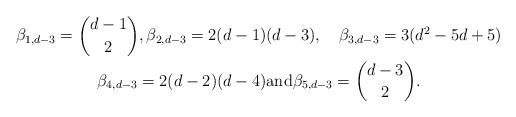
\begin{gather*} \beta_{1,d-3}={{d-1}\choose{2}},\beta_{2,d-3}=2(d-1)(d-3),\quad\beta_{3,d-3}=3(d^2-5d+5) \\ \beta_{4,d-3}=2(d-2)(d-4)\mbox{and} \beta_{5,d-3}={{d-3}\choose{2}}.\end{gather*}